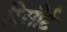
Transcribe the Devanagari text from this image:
रिसौर्ट